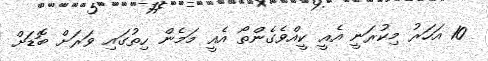
10 އަހަރު މިކުރަނީ އެއީ ކީއްވެގެންތޯ އެއީ މަމެން ހިތުގައި ވަރަށް ބޮޑަށް